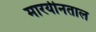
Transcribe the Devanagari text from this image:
मारयीनताल